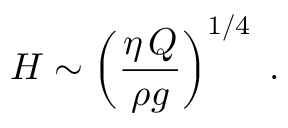
H \sim \left( \frac { \eta \, Q } { \rho g } \right) ^ { 1 / 4 } \; .